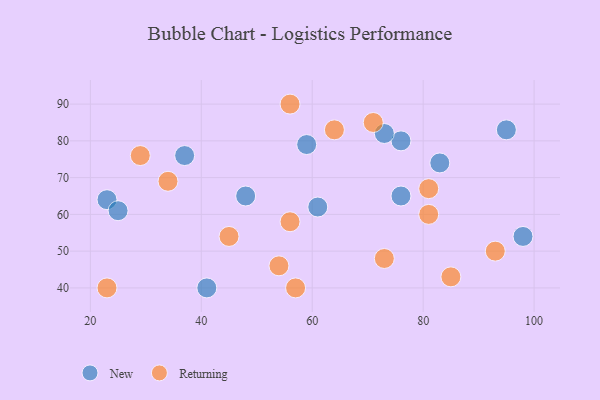
{"axis": {"x": "GDP", "y": "Life Expectancy"}, "legend": ["New", "Returning"], "data": [{"x": "59", "y": 79, "type": "New"}, {"x": "23", "y": 64, "type": "New"}, {"x": "41", "y": 40, "type": "New"}, {"x": "83", "y": 74, "type": "New"}, {"x": "37", "y": 76, "type": "New"}, {"x": "76", "y": 65, "type": "New"}, {"x": "25", "y": 61, "type": "New"}, {"x": "76", "y": 80, "type": "New"}, {"x": "48", "y": 65, "type": "New"}, {"x": "98", "y": 54, "type": "New"}, {"x": "95", "y": 83, "type": "New"}, {"x": "73", "y": 82, "type": "New"}, {"x": "61", "y": 62, "type": "New"}, {"x": "54", "y": 46, "type": "Returning"}, {"x": "56", "y": 90, "type": "Returning"}, {"x": "29", "y": 76, "type": "Returning"}, {"x": "57", "y": 40, "type": "Returning"}, {"x": "23", "y": 40, "type": "Returning"}, {"x": "81", "y": 67, "type": "Returning"}, {"x": "56", "y": 58, "type": "Returning"}, {"x": "81", "y": 60, "type": "Returning"}, {"x": "45", "y": 54, "type": "Returning"}, {"x": "64", "y": 83, "type": "Returning"}, {"x": "71", "y": 85, "type": "Returning"}, {"x": "85", "y": 43, "type": "Returning"}, {"x": "34", "y": 69, "type": "Returning"}, {"x": "73", "y": 48, "type": "Returning"}, {"x": "93", "y": 50, "type": "Returning"}]}